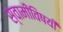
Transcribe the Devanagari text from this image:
स्वामींविषयी